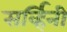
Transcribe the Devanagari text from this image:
सर्व्हिनी